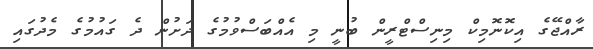
ރާއްޖޭގެ އިކޮނޮމިކް މިނިސްޓްރީން ބުނީ މި އެއްބަސްވުމުގެ ދަށުން ދެ ގައުމުގެ މެދުގައި